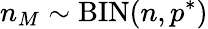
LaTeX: n_{M}\sim\mathrm{BIN}(n,p^{*})